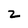
Character: 2